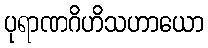
ပုရာဏဂိဟိသဟာယော